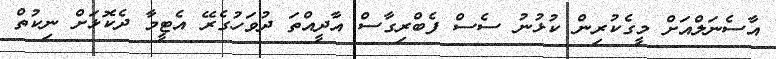
އާސެނަލްއަށް މީގެކުރިން ކުޅުނު ސެސް ފެބްރިގާސް އާދީއްތަ ދުވަހުގެރޭ އެޓީމާ ދެކޮޅަށް ނިކުތް